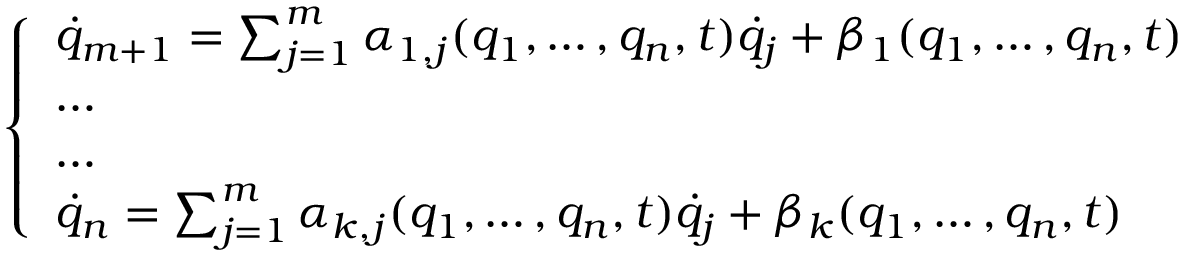
\left\{ \begin{array} { l l } { { \dot { q } } _ { m + 1 } = \sum _ { j = 1 } ^ { m } \alpha _ { 1 , j } ( q _ { 1 } , \dots , q _ { n } , t ) { \dot { q } } _ { j } + \beta _ { 1 } ( q _ { 1 } , \dots , q _ { n } , t ) } \\ { \dots } \\ { \dots } \\ { { \dot { q } } _ { n } = \sum _ { j = 1 } ^ { m } \alpha _ { k , j } ( q _ { 1 } , \dots , q _ { n } , t ) { \dot { q } } _ { j } + \beta _ { k } ( q _ { 1 } , \dots , q _ { n } , t ) } \end{array} \right.